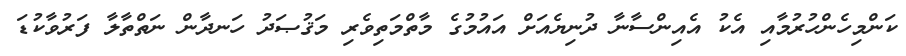
ކަންމިހެންހުރުމާއި އެކު އެއިންސާނާ ދުނިޔެއަށް އައުމުގެ މާތްމަތިވެރި މަޤުޞަދު ހަނދާން ނަތްތާލާ ފަރުވާކުޑަ